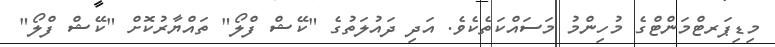
މިޑިޕަރޓްމަންޓްގެ މުހިންމު މަސައްކަތެކެވެ. އަދި ދައުލަތުގެ "ކޭޝް ފްލޯ" ތައްޔާރުކޮށް "ކޭޝް ފްލޯ"